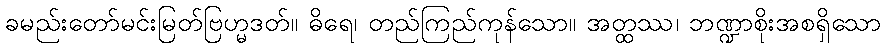
ခမည်းတော်မင်းမြတ်ဗြဟ္မဒတ်။ ဓိရေ၊ တည်ကြည်ကုန်သော။ အတ္ထဿ၊ ဘဏ္ဍာစိုးအစရှိသော